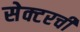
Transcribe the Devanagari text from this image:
सेक्टरची